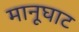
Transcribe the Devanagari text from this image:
मानूघाट